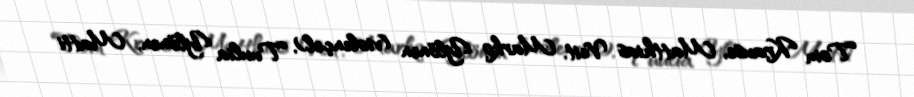
Tom Krause, Matthias Veit, Marko Ylönen (violençel), Tuulia Ylönen, Matti